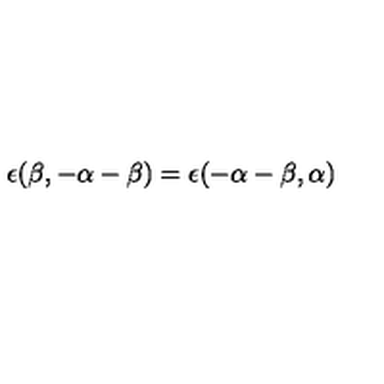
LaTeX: \epsilon ( \beta , - \alpha - \beta ) = \epsilon ( - \alpha - \beta , \alpha )